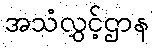
အသံလွှင့်ဌာန